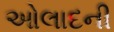
ઓલાદની